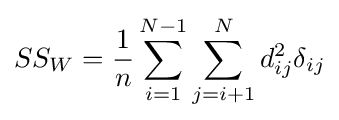
SS_{W}={\frac {1}{n}}\sum _{i=1}^{N-1}\sum _{j=i+1}^{N}d_{ij}^{2}\delta _{ij}